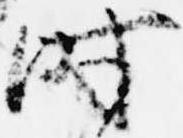
時